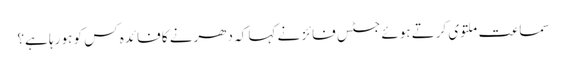
سماعت ملتوی کرتے ہوئے جسٹس فائز نے کہا کہ دھرنے کا فائدہ کس کو ہو رہا ہے؟